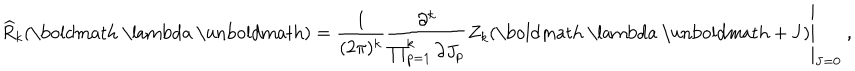
\widehat { R } _ { k } ( \mathrm { \boldmath ~ \ l a m b d a ~ \ u n b o l d m a t h } ) = \left. \frac { 1 } { ( 2 \pi ) ^ { k } } \frac { \partial ^ { k } } { \prod _ { p = 1 } ^ { k } \partial J _ { p } } Z _ { k } ( \mathrm { \boldmath ~ \ l a m b d a ~ \ u n b o l d m a t h } + { \bf J } ) \right| _ { { \bf J } = 0 } \ ,